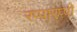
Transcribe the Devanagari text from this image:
रप्पारप्पी